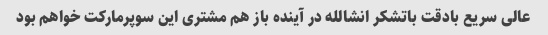
عالی سریع بادقت باتشکر انشالله در آینده باز هم مشتری این سوپرمارکت خواهم بود